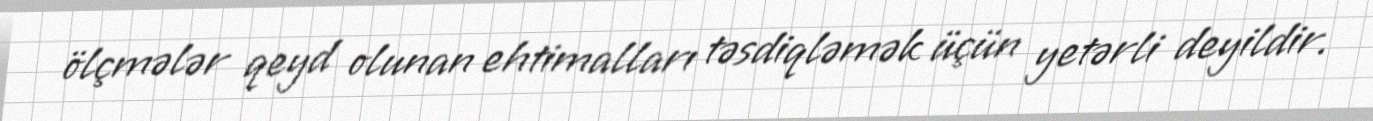
ölçmələr qeyd olunan ehtimalları təsdiqləmək üçün yetərli deyildir.